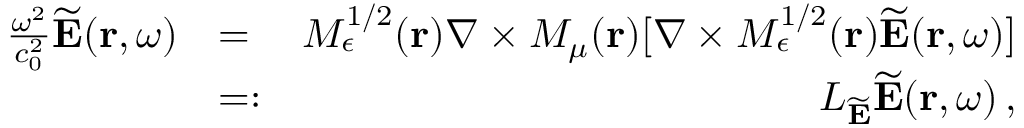
\begin{array} { r l r } { \frac { \omega ^ { 2 } } { c _ { 0 } ^ { 2 } } \widetilde { \bf E } ( { \bf r } , \omega ) } & { = } & { M _ { \epsilon } ^ { 1 / 2 } ( { \bf r } ) \nabla \times M _ { \mu } ( { \bf r } ) [ \nabla \times M _ { \epsilon } ^ { 1 / 2 } ( { \bf r } ) \widetilde { \bf E } ( { \bf r } , \omega ) ] } \\ & { = : } & { { \cal L } _ { \widetilde { \bf E } } \widetilde { \bf E } ( { \bf r } , \omega ) \, , } \end{array}